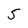
Character: 5